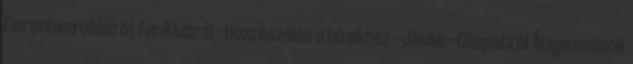
Fiorentina oldalról, FanKlubról --Hozzászólás a hírekhez --Játék --Csapatról Átigazolások